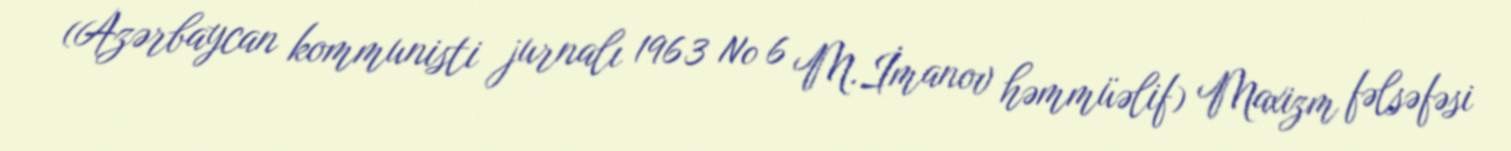
(Azərbaycan kommunisti jurnalı 1963 № 6 M.İmanov həmmüəlif) Maxizm fəlsəfəsi